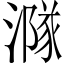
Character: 𣾶